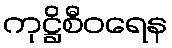
ကုဋ္ဌိစီဝရေန